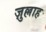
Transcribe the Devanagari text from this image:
ज़ुल्लाह